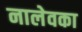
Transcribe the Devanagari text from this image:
नालेवका